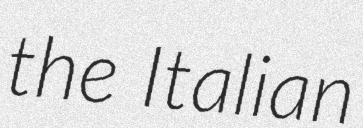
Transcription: the Italian